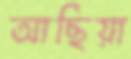
আছিয়া